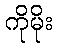
ကိုမိုး